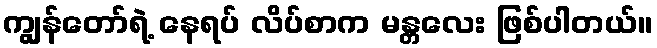
ကျွန်တော်ရဲ့ နေရပ် လိပ်စာက မန္တလေး ဖြစ်ပါတယ်။